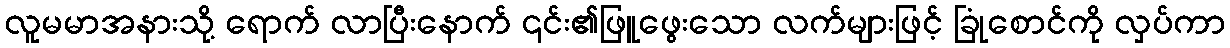
လူမမာအနားသို့ ရောက် လာပြီးနောက် ၎င်း၏ဖြူဖွေးသော လက်များဖြင့် ခြုံစောင်ကို လှပ်ကာ